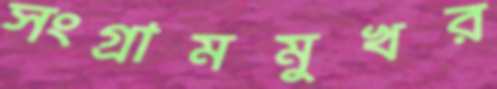
সংগ্রামমুখর